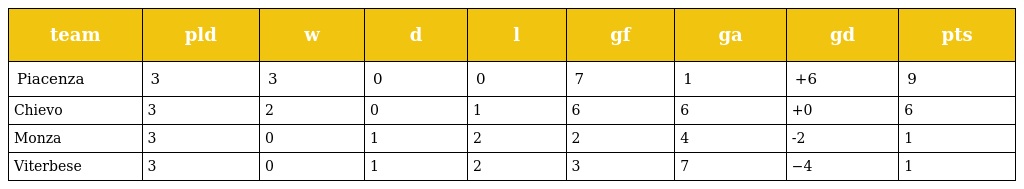
| team | pld | w | d | l | gf | ga | gd | pts |
 | --- | --- | --- | --- | --- | --- | --- | --- | --- |
 | Piacenza | 3 | 3 | 0 | 0 | 7 | 1 | +6 | 9 |
 | Chievo | 3 | 2 | 0 | 1 | 6 | 6 | +0 | 6 |
 | Monza | 3 | 0 | 1 | 2 | 2 | 4 | -2 | 1 |
 | Viterbese | 3 | 0 | 1 | 2 | 3 | 7 | −4 | 1 |